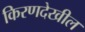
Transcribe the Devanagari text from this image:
किरणदेखील